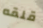
قلقه